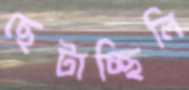
ছেটাচ্ছিলি